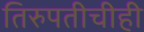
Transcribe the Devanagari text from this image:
तिरुपतीचीही